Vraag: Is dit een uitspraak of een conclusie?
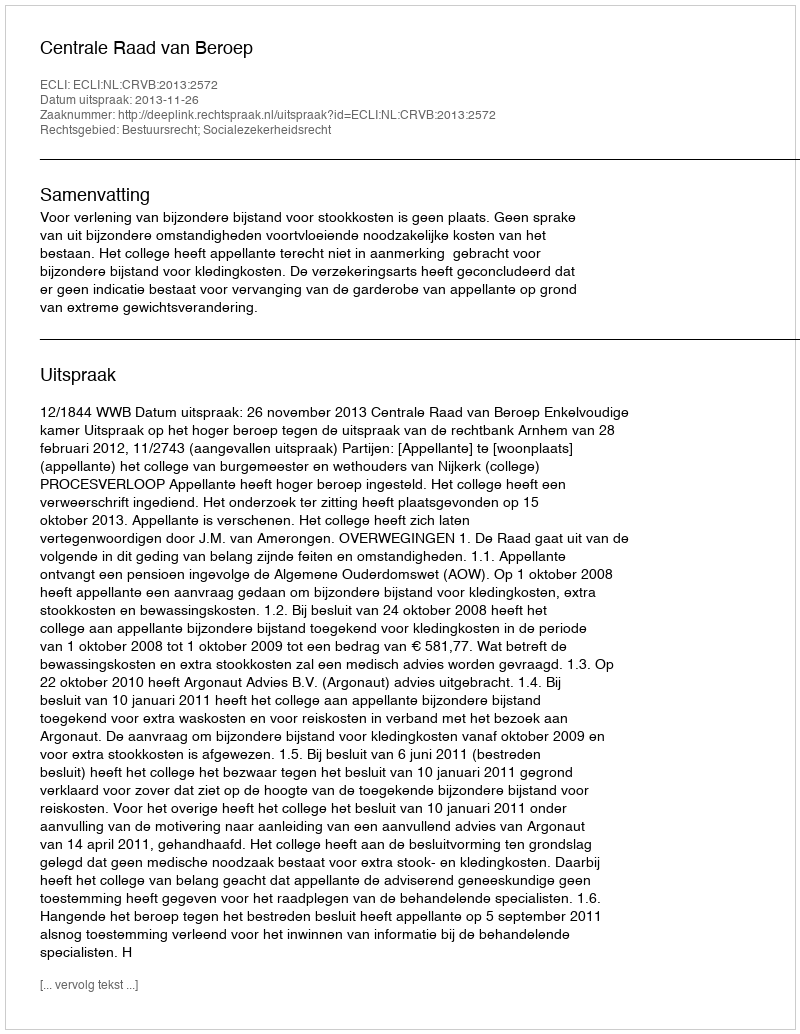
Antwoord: Uitspraak